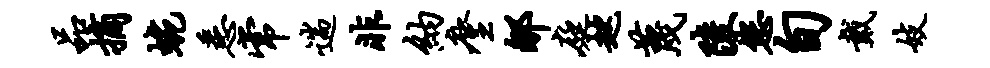
品摘蜿悉常遄非纳麈郇庭趑蔑陵您旬戴妓